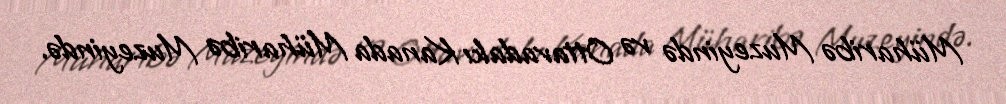
Müharibə Muzeyində və Ottavadakı Kanada Müharibə Muzeyində.